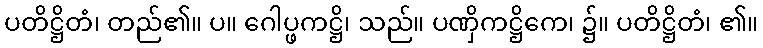
ပတိဋ္ဌိတံ၊ တည်၏။ ပ။ ဂေါပ္ဖကဋ္ဌိ၊ သည်။ ပဏှိကဋ္ဌိကေ၊ ၌။ ပတိဋ္ဌိတံ၊ ၏။